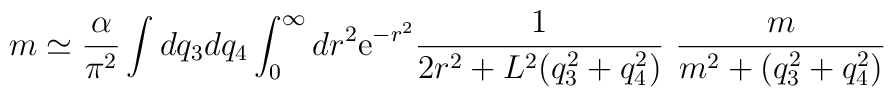
m \simeq \frac{\alpha}{\pi^2} \int dq_3 dq_4 \int_0^\infty dr^2{\rm e}^{- r^2} \frac{1}{2 r^2 + L^2 (q_3^2 + q_4^2)}~\frac{m}{m^2 + (q_3^2 +q_4^2)}